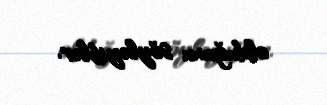
olduğunu söyləyiblər.